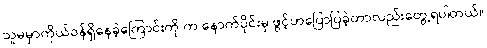
သူမမှာကိုယ်ဝန်ရှိနေခဲ့ကြောင်းကို က နောက်ပိုင်းမှ ဖွင့်ဟပြောပြခဲ့တာလည်းတွေ့ရပါတယ်။